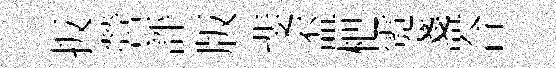
扳營評版斐盃杷霓盞合